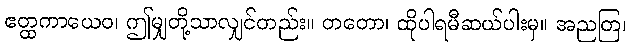
ဧတ္ထကာယေဝ၊ ဤမျှတို့သာလျှင်တည်း။ တတော၊ ထိုပါရမီဆယ်ပါးမှ။ အညတြ၊